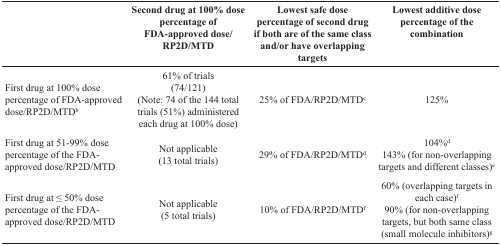
<table><thead><tr><td></td><td><b>Second drug at 100% dose percentage of FDA-approved dose/RP2D/MTD</b></td><td><b>Lowest safe dose percentage of second drug if both are of the same class and/or have overlapping targets</b></td><td><b>Lowest additive dose percentage of the combination</b></td></tr></thead><tbody><tr><td>First drug at 100% dose percentage of FDA-approved dose/RP2D/MTD<sup>b</sup></td><td>61% of trials(74/121)(Note: 74 of the 144 total trials (51%) administered each drug at 100% dose)</td><td>25% of FDA/RP2D/MTD<sup>c</sup></td><td>125%</td></tr><tr><td>First drug at 51-99% dose percentage of the FDA-approved dose/RP2D/MTD</td><td>Not applicable(13 total trials)</td><td>29% of FDA/RP2D/MTD<sup>d</sup></td><td>104%<sup>d</sup> 143% (for non-overlapping targets and different classes)<sup>e</sup></td></tr><tr><td>First drug at ≤ 50% dose percentage of the FDA-approved dose/RP2D/MTD</td><td>Not applicable(5 total trials)</td><td>10% of FDA/RP2D/MTD<sup>f</sup></td><td>60% (overlapping targets in each case)<sup>f</sup> 90% (for non-overlapping targets, but both same class (small molecule inhibitors)<sup>g</sup></td></tr></tbody></table>